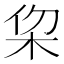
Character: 𣐗